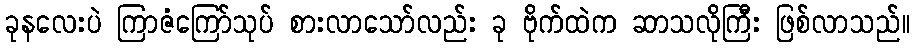
ခုနလေးပဲ ကြာဇံကြော်သုပ် စားလာသော်လည်း ခု ဗိုက်ထဲက ဆာသလိုကြီး ဖြစ်လာသည်။